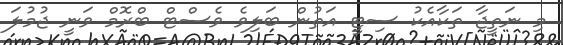
މި ނަތީޖާ ތަކާއެކު ސިޓީ އަތުން ބަލިވެ ވެސްޓް ބްރޮމް ވަނީ ޖުމުލަ